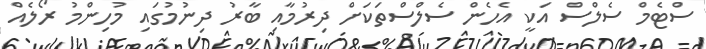
ސްޓެމް ސެލްސް އަކީ އެހެން ސެލްސްތަކަށް ދިރުމާއި ބާރު ދިނުމުގައި މުހިންމު ރޯލެއް